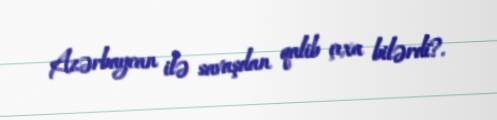
Azərbaycan ilə savaşdan qalib çıxa bilərdi?.